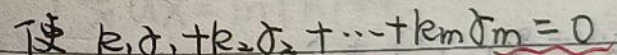
$k_{1}\alpha _{1}+k_{2}\alpha _{2}+\cdots +k_{m}\alpha _{m}=0$